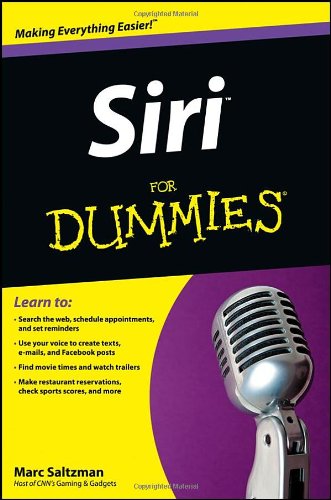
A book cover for Siri For Dummies; Marc Saltzman; Computers & Technology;